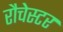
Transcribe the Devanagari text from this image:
रौचेस्टर